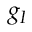
g _ { I }